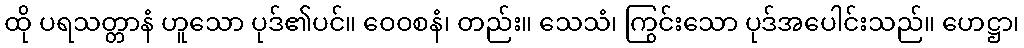
ထို ပရသတ္တာနံ ဟူသော ပုဒ်၏ပင်။ ဝေဝစနံ၊ တည်း။ သေသံ၊ ကြွင်းသော ပုဒ်အပေါင်းသည်။ ဟေဋ္ဌာ၊